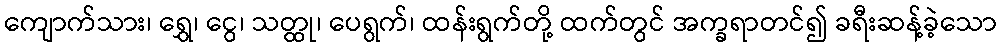
ကျောက်သား၊ ရွှေ၊ ငွေ၊ သတ္ထု၊ ပေရွက်၊ ထန်းရွက်တို့ ထက်တွင် အက္ခရာတင်၍ ခရီးဆန့်ခဲ့သော